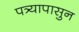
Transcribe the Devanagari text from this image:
पत्र्यापासुन